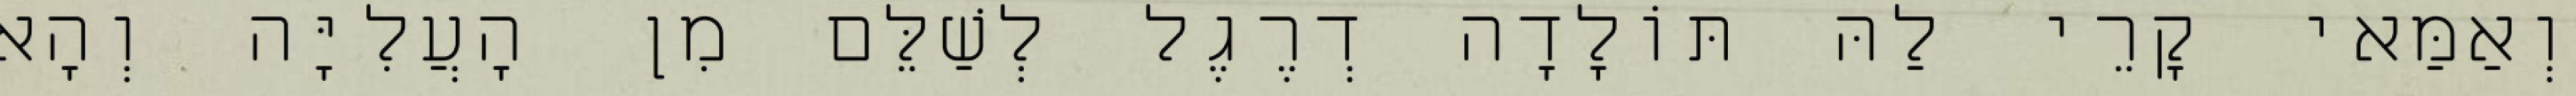
וְאַמַּאי קָרֵי לַהּ תּוֹלָדָה דְרֶגֶל לְשַׁלֵּם מִן הָעֲלִיָּה וְהָא